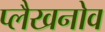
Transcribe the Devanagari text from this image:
प्लैखनोव